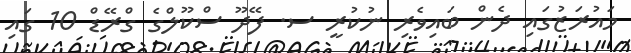
މައުރަޒުގައި ދެން ބައިވެރި ނުކުރީ ސ. ފޭދޫ ސްކޫލްގެ ގްރޭޑް 10 ގައި